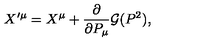
X ^ { \prime \mu } = X ^ { \mu } + { \frac { \partial } { \partial P _ { \mu } } } { \cal G } ( P ^ { 2 } ) ,